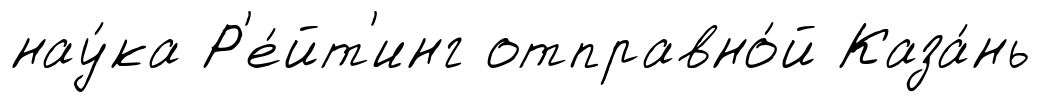
нау́ка Р'е́йт'инг отправно́й Каза́нь